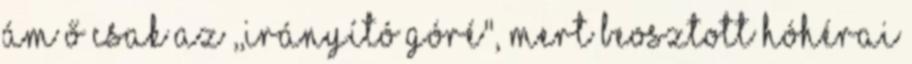
Ám ő csak az ,,irányító góré", mert beosztott hóhérai